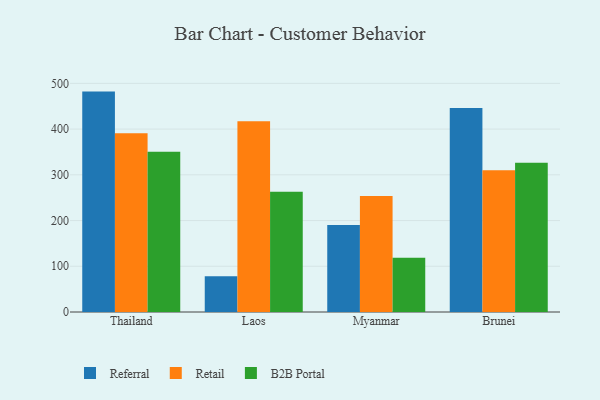
{"axis": {"x": "Country", "y": "Customer Acquisition Cost (USD)"}, "legend": ["B2B Portal", "Referral", "Retail"], "data": [{"x": "Thailand", "y": 482.0, "type": "Referral"}, {"x": "Thailand", "y": 390.7, "type": "Retail"}, {"x": "Thailand", "y": 350.7, "type": "B2B Portal"}, {"x": "Laos", "y": 78.1, "type": "Referral"}, {"x": "Laos", "y": 417.4, "type": "Retail"}, {"x": "Laos", "y": 262.9, "type": "B2B Portal"}, {"x": "Myanmar", "y": 190.1, "type": "Referral"}, {"x": "Myanmar", "y": 253.7, "type": "Retail"}, {"x": "Myanmar", "y": 118.6, "type": "B2B Portal"}, {"x": "Brunei", "y": 446.4, "type": "Referral"}, {"x": "Brunei", "y": 310.0, "type": "Retail"}, {"x": "Brunei", "y": 326.5, "type": "B2B Portal"}]}